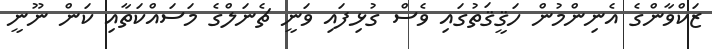
ޒަކްވާންގެ އެނިންމުން ހަޤީޤަތުގައި ވެސް ގުޅިފައި ވަނީ ޗެނަލްގެ މަސައްކަތާއި ކަން ނޫނީ